Annual report on the Civil Veterinary Department, Burma (including the Insein Veterinary School) - 1910-1922
Year: 1910
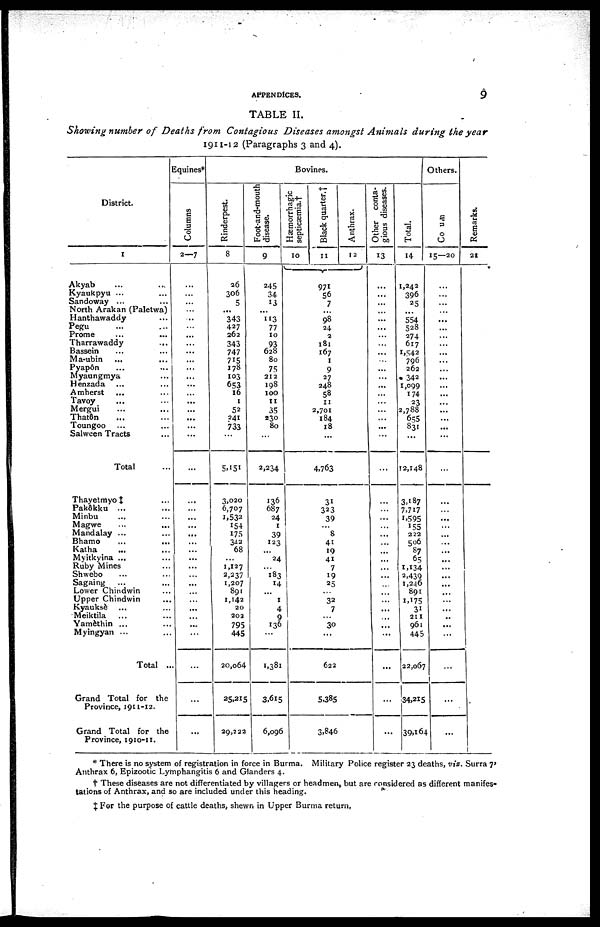
APPENDICES.
9
TABLE II.
Showing number of Deaths from Contagious Diseases amongst Animals during the year
1911-12 (Paragraphs 3 and 4).
District.
1
Akyab … …
Kyaukpyu ... …
Sandoway ... …
North Arakan (Paletwa)
Hanthawaddy …
Pegu ... ...
Prome … …
Tharrawaddy
...
Bassein … …
Ma-ubin … …
Pyapôn ... ...
Myaungmya …
Henzada … …
Amherst ... ...
Tavoy … …
Mergui … …
Thatôn … …
Toungoo … …
Salween Tracts …
Total ...
Equines*
Columns
2—7
...
...
...
...
...
...
...
...
...
...
...
...
...
...
...
...
...
...
...
...
Rinderpest.
8
26
306
5
...
343
427
262
343
747
715
178
103
653
16
1
52
241
733
...
5,151
Foot-and-mouth
disease.
9
245
34
13
...
113
77
10
93
628
80
75
212
198
100
11
35
230
80
...
2,234
Bovines.
Hæmorrhagic
septicæmia.†
10
Black quarter.†
11
971
56
7
...
98
24
2
181
167
1
9
27
248
58
11
2,701
184
18
...
4»763
Anthrax.
12
Other conta-
gious diseases.
13
...
...
...
...
...
...
...
...
...
...
...
...
...
...
...
...
...
...
...
...
Total.
14
1,242
396
25
...
554
528
274
617
1,542
796
262
342
1,099
174
23
2,788
655
831
12,148
Others.
Columns
15—20
...
...
...
...
...
...
...
...
...
...
...
...
...
...
...
...
...
...
...
...
Remarks.
21
Thayetmyo‡ ...
Pak&kku ...
Minbu ... ...
Magwe ... ...
Mandalay ... ...
Bhamo ... ...
Katha ... ...
Myitkyina ... ...
Ruby Mines
Shwebo ... ...
Sagaing ... ...
Lower Chindwin ...
Upper Chindwin ...
Kyauksè ... ...
Meiktila ... ...
Yamèthin ... ...
Myingyan ... ...
Total ...
Grand Total for the
Province, 1911-12.
Grand Total for the
Province, 1910-11.
...
...
...
...
...
...
...
...
...
...
...
...
...
...
...
...
...
...
...
...
3,020
6,707
1,532
154
175
342
68
...
1,127
2,237
1,207
891
1,142
20
202
795
445
20,064
25,215
29,222
136
687
24
1
39
123
...
24
...
183
14
...
1
4
9
136
...
1,381
3,615
6,096
31
323
39
...
8
41
19
41
7
19
25
...
32
7
...
30
...
622
5,385
3.846
...
...
...
...
...
...
...
...
...
...
..
...
...
..
...
...
...
...
...
...
3,187
7,717
1,595
155
222
506
87
65
1,134
2,439
1,246
891
1,175
31
211
961
445
22,067
34,215
39,164
...
...
...
...
...
...
...
...
...
...
...
...
...
...
..
...
...
...
...
...
* There is no system of registration in force in Burma. Military Police register 23 deaths, viz. Surra 7'
Anthrax 6, Epizootic Lymphangitis 6 and Glanders 4.
† These diseases are not differentiated by villagers or headmen, but are considered as different manifes-
tations of Anthrax, and so are included under this heading.
‡ For the purpose of cattle deaths, shewn in Upper Burma return.